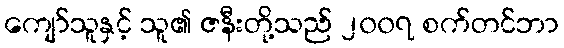
ကျော်သူနှင့် သူ၏ ဇနီးတို့သည် ၂၀၀၇ စက်တင်ဘာ